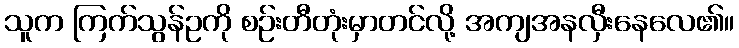
သူက ကြက်သွန်ဥကို စဉ်းတီတုံးမှာတင်လို့ အကျအနလှီးနေလေ၏။